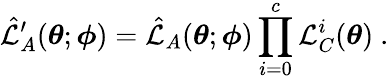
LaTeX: \hat{\mathcal{L}}_{A}^{\prime}(\boldsymbol{\theta};\boldsymbol{\phi})=\hat{\mathcal{L}}_{A}(\boldsymbol{\theta};\boldsymbol{\phi})\prod_{i=0}^{c}\mathcal{L}_{C}^{i}(\boldsymbol{\theta})~.